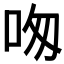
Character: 𠰯